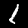
Digit: 1